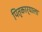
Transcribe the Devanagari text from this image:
पितृकार्याला